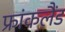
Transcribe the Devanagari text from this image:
फ्रांकलैंड